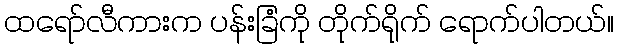
ထရော်လီကားက ပန်းခြံကို တိုက်ရိုက် ရောက်ပါတယ်။